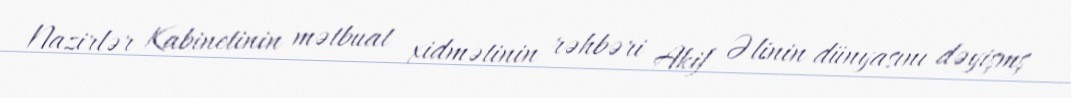
Nazirlər Kabinetinin mətbuat xidmətinin rəhbəri Akif Əlinin dünyasını dəyişmş